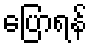
ပြောရန်